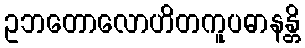
ဥဘတောလောဟိတကူပဓာနန္တိ